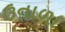
ઉનાળા